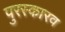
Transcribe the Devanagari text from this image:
पुरस्कारव